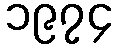
၁၉၇၄